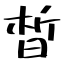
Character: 晳